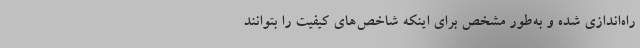
راه‌اندازی شده و به‌طور مشخص برای اینکه شاخص‌های کیفیت را بتوانند